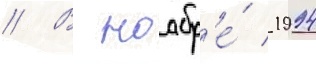
// В ноабр'е́ 1994